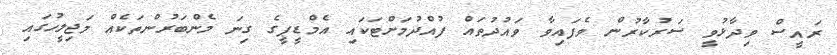
ރައީސް ވިދާޅުވީ ސަރުކާރުން ވެފައިވާ ވައުދުތައް ފުއްދުމަށްޓަކައި އެމްޑީޕީގެ ގިނަ މެންބަރުންތަކެއް މަޖިލީހުގައި